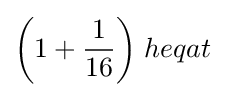
{\bigg (}1+{\frac {1}{16}}{\bigg )}\;heqat